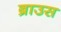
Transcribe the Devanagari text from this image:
ब्राउस